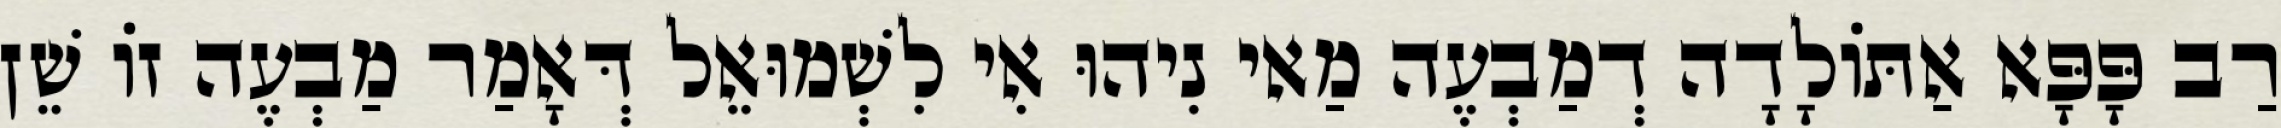
רַב פָּפָּא אַתּוֹלָדָה דְמַבְעֶה מַאי נִיהוּ אִי לִשְׁמוּאֵל דְּאָמַר מַבְעֶה זוֹ שֵׁן